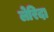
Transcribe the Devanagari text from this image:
लेरिदा